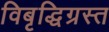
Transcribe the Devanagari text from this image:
विबृद्धिग्रस्त